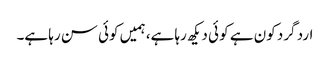
ارد گرد کون ہے کو ئی دیکھ رہا ہے، ہمیں کوئی سن رہا ہے۔